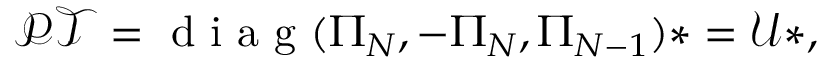
\mathcal { P T } = \textrm { d i a g } ( \Pi _ { N } , - \Pi _ { N } , \Pi _ { N - 1 } ) * = \mathcal { U } * ,